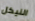
النيكل